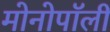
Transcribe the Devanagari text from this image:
मोनोपॉली